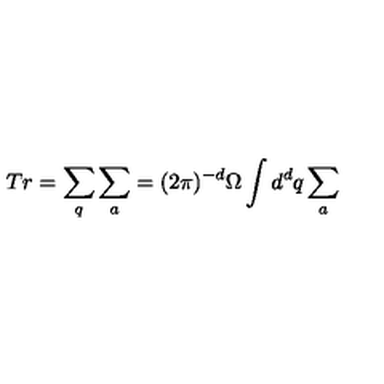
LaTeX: T r = \sum _ { q } \sum _ { a } = ( 2 \pi ) ^ { - d } \Omega \int { d } ^ { d } q \sum _ { a }